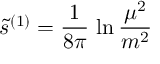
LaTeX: \tilde { s } ^ { ( 1 ) } = { \frac { 1 } { 8 \pi } } \, \ln { \frac { \mu ^ { 2 } } { m ^ { 2 } } }